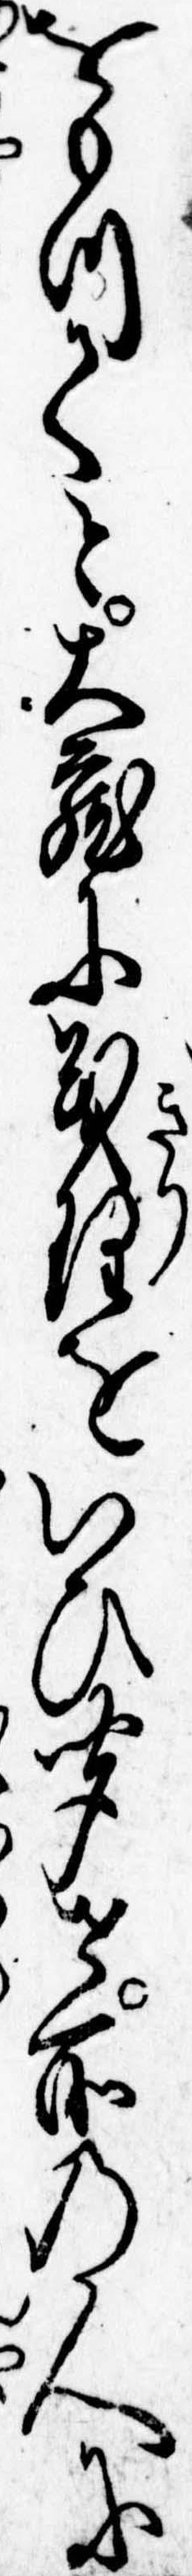
をもつてと大蔵に義理をいひ聞せ所の人に